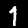
Digit: 1